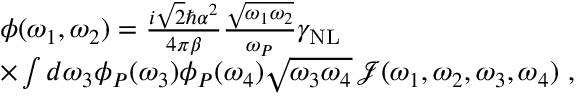
\begin{array} { r l } & { \phi ( \omega _ { 1 } , \omega _ { 2 } ) = \frac { i \sqrt { 2 } \hbar \alpha ^ { 2 } } { 4 \pi \beta } \frac { \sqrt { \omega _ { 1 } \omega _ { 2 } } } { \omega _ { P } } \gamma _ { \mathrm { N L } } } \\ & { \times \int d \omega _ { 3 } \phi _ { P } ( \omega _ { 3 } ) \phi _ { P } ( \omega _ { 4 } ) \sqrt { \omega _ { 3 } \omega _ { 4 } } \, \mathcal { J } ( \omega _ { 1 } , \omega _ { 2 } , \omega _ { 3 } , \omega _ { 4 } ) \ , } \end{array}